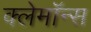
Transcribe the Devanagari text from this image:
क्लेमॉन्स